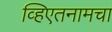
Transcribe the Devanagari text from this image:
व्हिएतनामचा